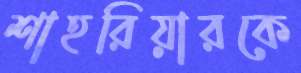
শাহরিয়ারকে